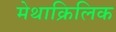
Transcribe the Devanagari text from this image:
मेथाक्रिलिक